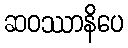
ဆဝဿာနိပေ